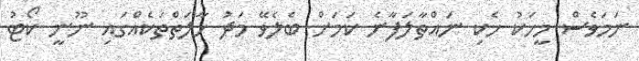
ނަމަވެސް މީހަކު ހެކި ނައްތާލަފާނެ ކަމަށް ބެލެވޭ މަދު ހާލަތްތަކެއްގައި ނޫނީ ކޯޓު